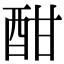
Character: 酣